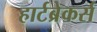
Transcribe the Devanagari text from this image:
हार्टब्रेकर्स